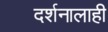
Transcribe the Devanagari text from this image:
दर्शनालाही